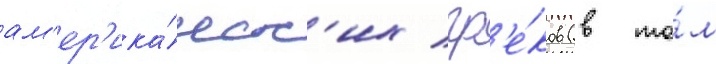
ам'ер'ика́нск'их гр'е́ков (в то́м